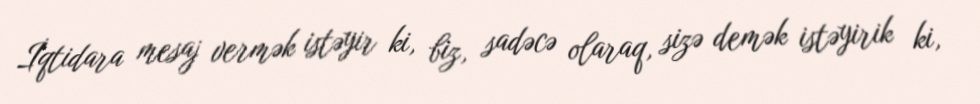
İqtidara mesaj vermək istəyir ki, biz, sadəcə olaraq, sizə demək istəyirik ki,